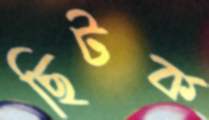
ছিটক